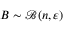
B \sim \mathcal { B } ( n , \varepsilon )